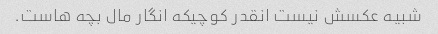
شبیه عکسش نیست انقدر کوچیکه انگار مال بچه هاست.